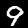
Label: 9